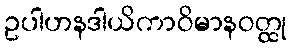
ဥပါဟနဒါယိကာဝိမာနဝတ္ထု